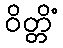
ဝိတ္တိံ